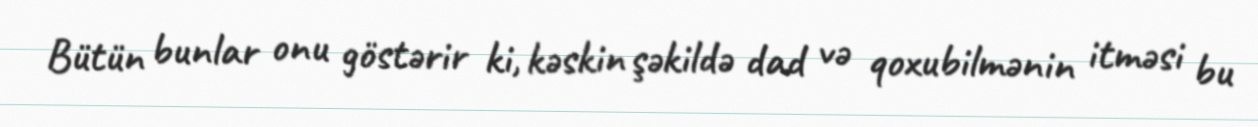
Bütün bunlar onu göstərir ki, kəskin şəkildə dad və qoxubilmənin itməsi bu